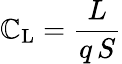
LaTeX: \mathbb{C}_{\mathrm{{L}}}={\frac{{L}}{{q\, S}}}